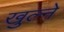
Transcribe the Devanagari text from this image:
खुल्ने